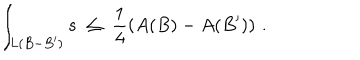
LaTeX: \int _ { L ( B - B ^ { \prime } ) } s \; \leq \; \frac { 1 } { 4 } \left( A ( B ) - A ( B ^ { \prime } ) \right) \, .